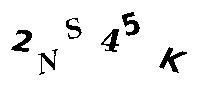
2NS45K